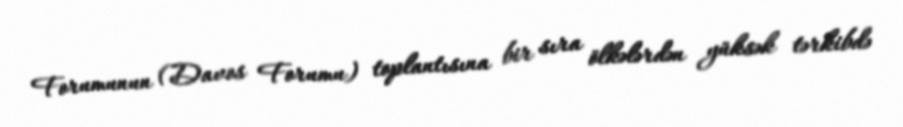
Forumunun (Davos Forumu) toplantısına bir sıra ölkələrdən yüksək tərkibdə